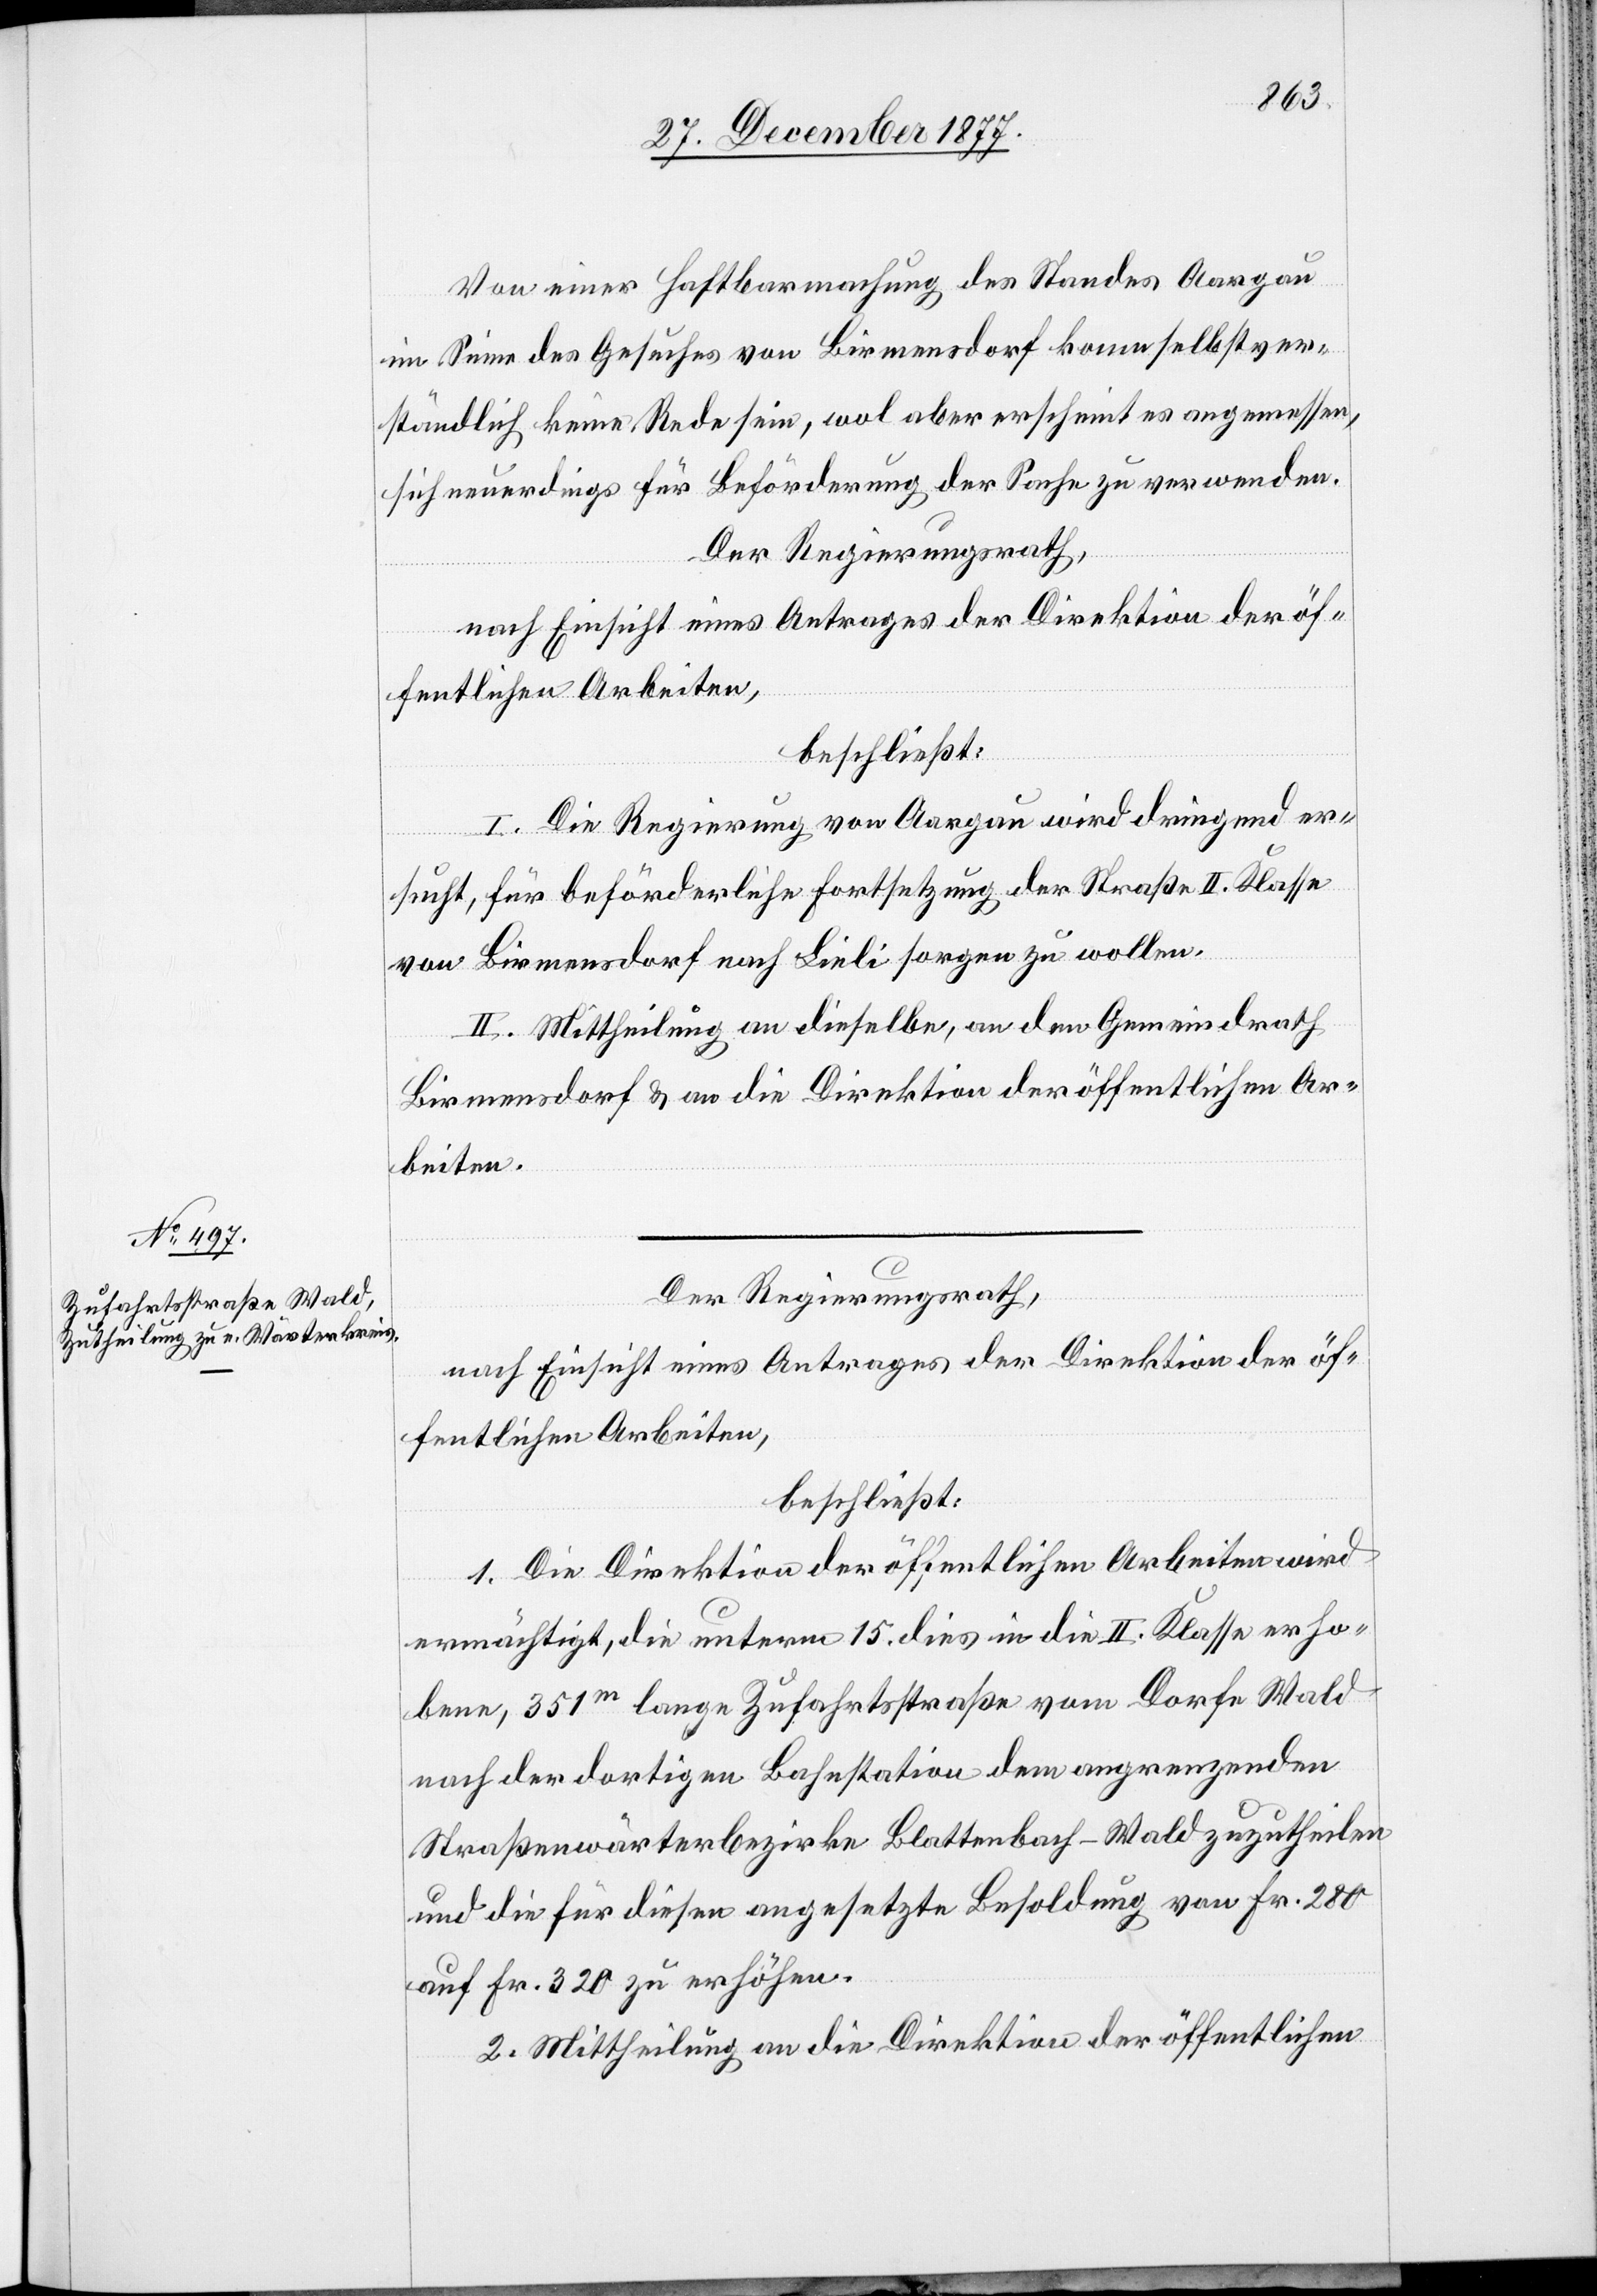
Von einer Haftbarmachung des Standes Aargau
im Sinne des Gesuches von Birmensdorf kann selbstver¬
ständlich keine Rede sein, wol aber erscheint es angemessen,
sich neuerdings für Beförderung der Sache zu verwenden.
Der Regierungsrath,
nach Einsicht eines Antrages der Direktion der öf¬
fentlichen Arbeiten,
beschließt:
I. Die Regierung von Aargau wird dringend er¬
sucht, für beförderliche Fortsetzung der Straße II. Klasse
von Birmensdorf nach Lieli sorgen zu wollen.
II. Mittheilung an dieselbe, an den Gemeindrath
Birmensdorf & an die Direktion der öffentlichen Ar¬
beiten.
Der Regierungsrath,
nach Einsicht eines Antrages der Direktion der öf¬
fentlichen Arbeiten,
beschließt:
1. Die Direktion der öffentlichen Arbeiten wird
ermächtigt, die unterm 15. dies in die II. Klasse erho¬
bene, 351m lange Zufahrtsstraße vom Dorfe Wald
nach der dortigen Bahnstation dem angrenzenden
Straßenwärterbezirke Blattenbach - Wald zuzutheilen
und die für diesen angesetzte Besoldung von Fr. 280
auf Fr. 320 zu erhöhen.
2. Mittheilung an die Direktion der öffentlichen